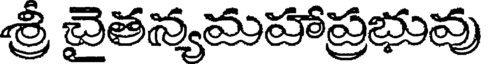
శ్రీ చైతన్యమహాప్రభువు